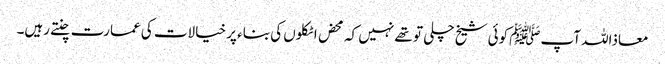
معاذاللہ آپﷺ کوئی شیخ چلی تو تھے نہیں کہ محض اٹکلوں کی بناء پر خیالات کی عمارت چنتے رہیں۔